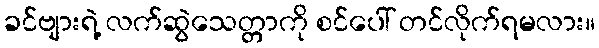
ခင်ဗျားရဲ့ လက်ဆွဲသေတ္တာကို စင်ပေါ် တင်လိုက်ရမလား။